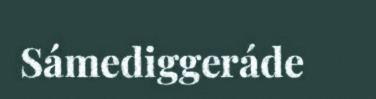
Sámediggeráde